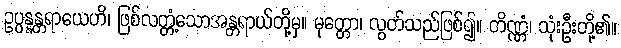
ဥပ္ပန္နန္တရာယေဟိ၊ ဖြစ်လတ္တံ့သောအန္တရာယ်တို့မှ။ မုတ္တော၊ လွတ်သည်ဖြစ်၍။ တိဏ္ဏံ၊ သုံးဦးတို့၏။